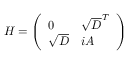
H = { \left( \begin{array} { l l } { 0 } & { \sqrt { D } ^ { T } } \\ { \sqrt { D } } & { i A } \end{array} \right) }